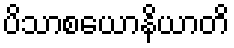
ပိသာစယောနိယာတိ